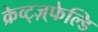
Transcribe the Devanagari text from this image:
क्रेव्ट्ज़्फेल्डि